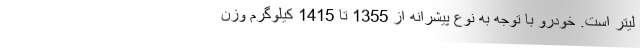
لیتر است. خودرو با توجه به نوع پیشرانه از 1355 تا 1415 کیلوگرم وزن